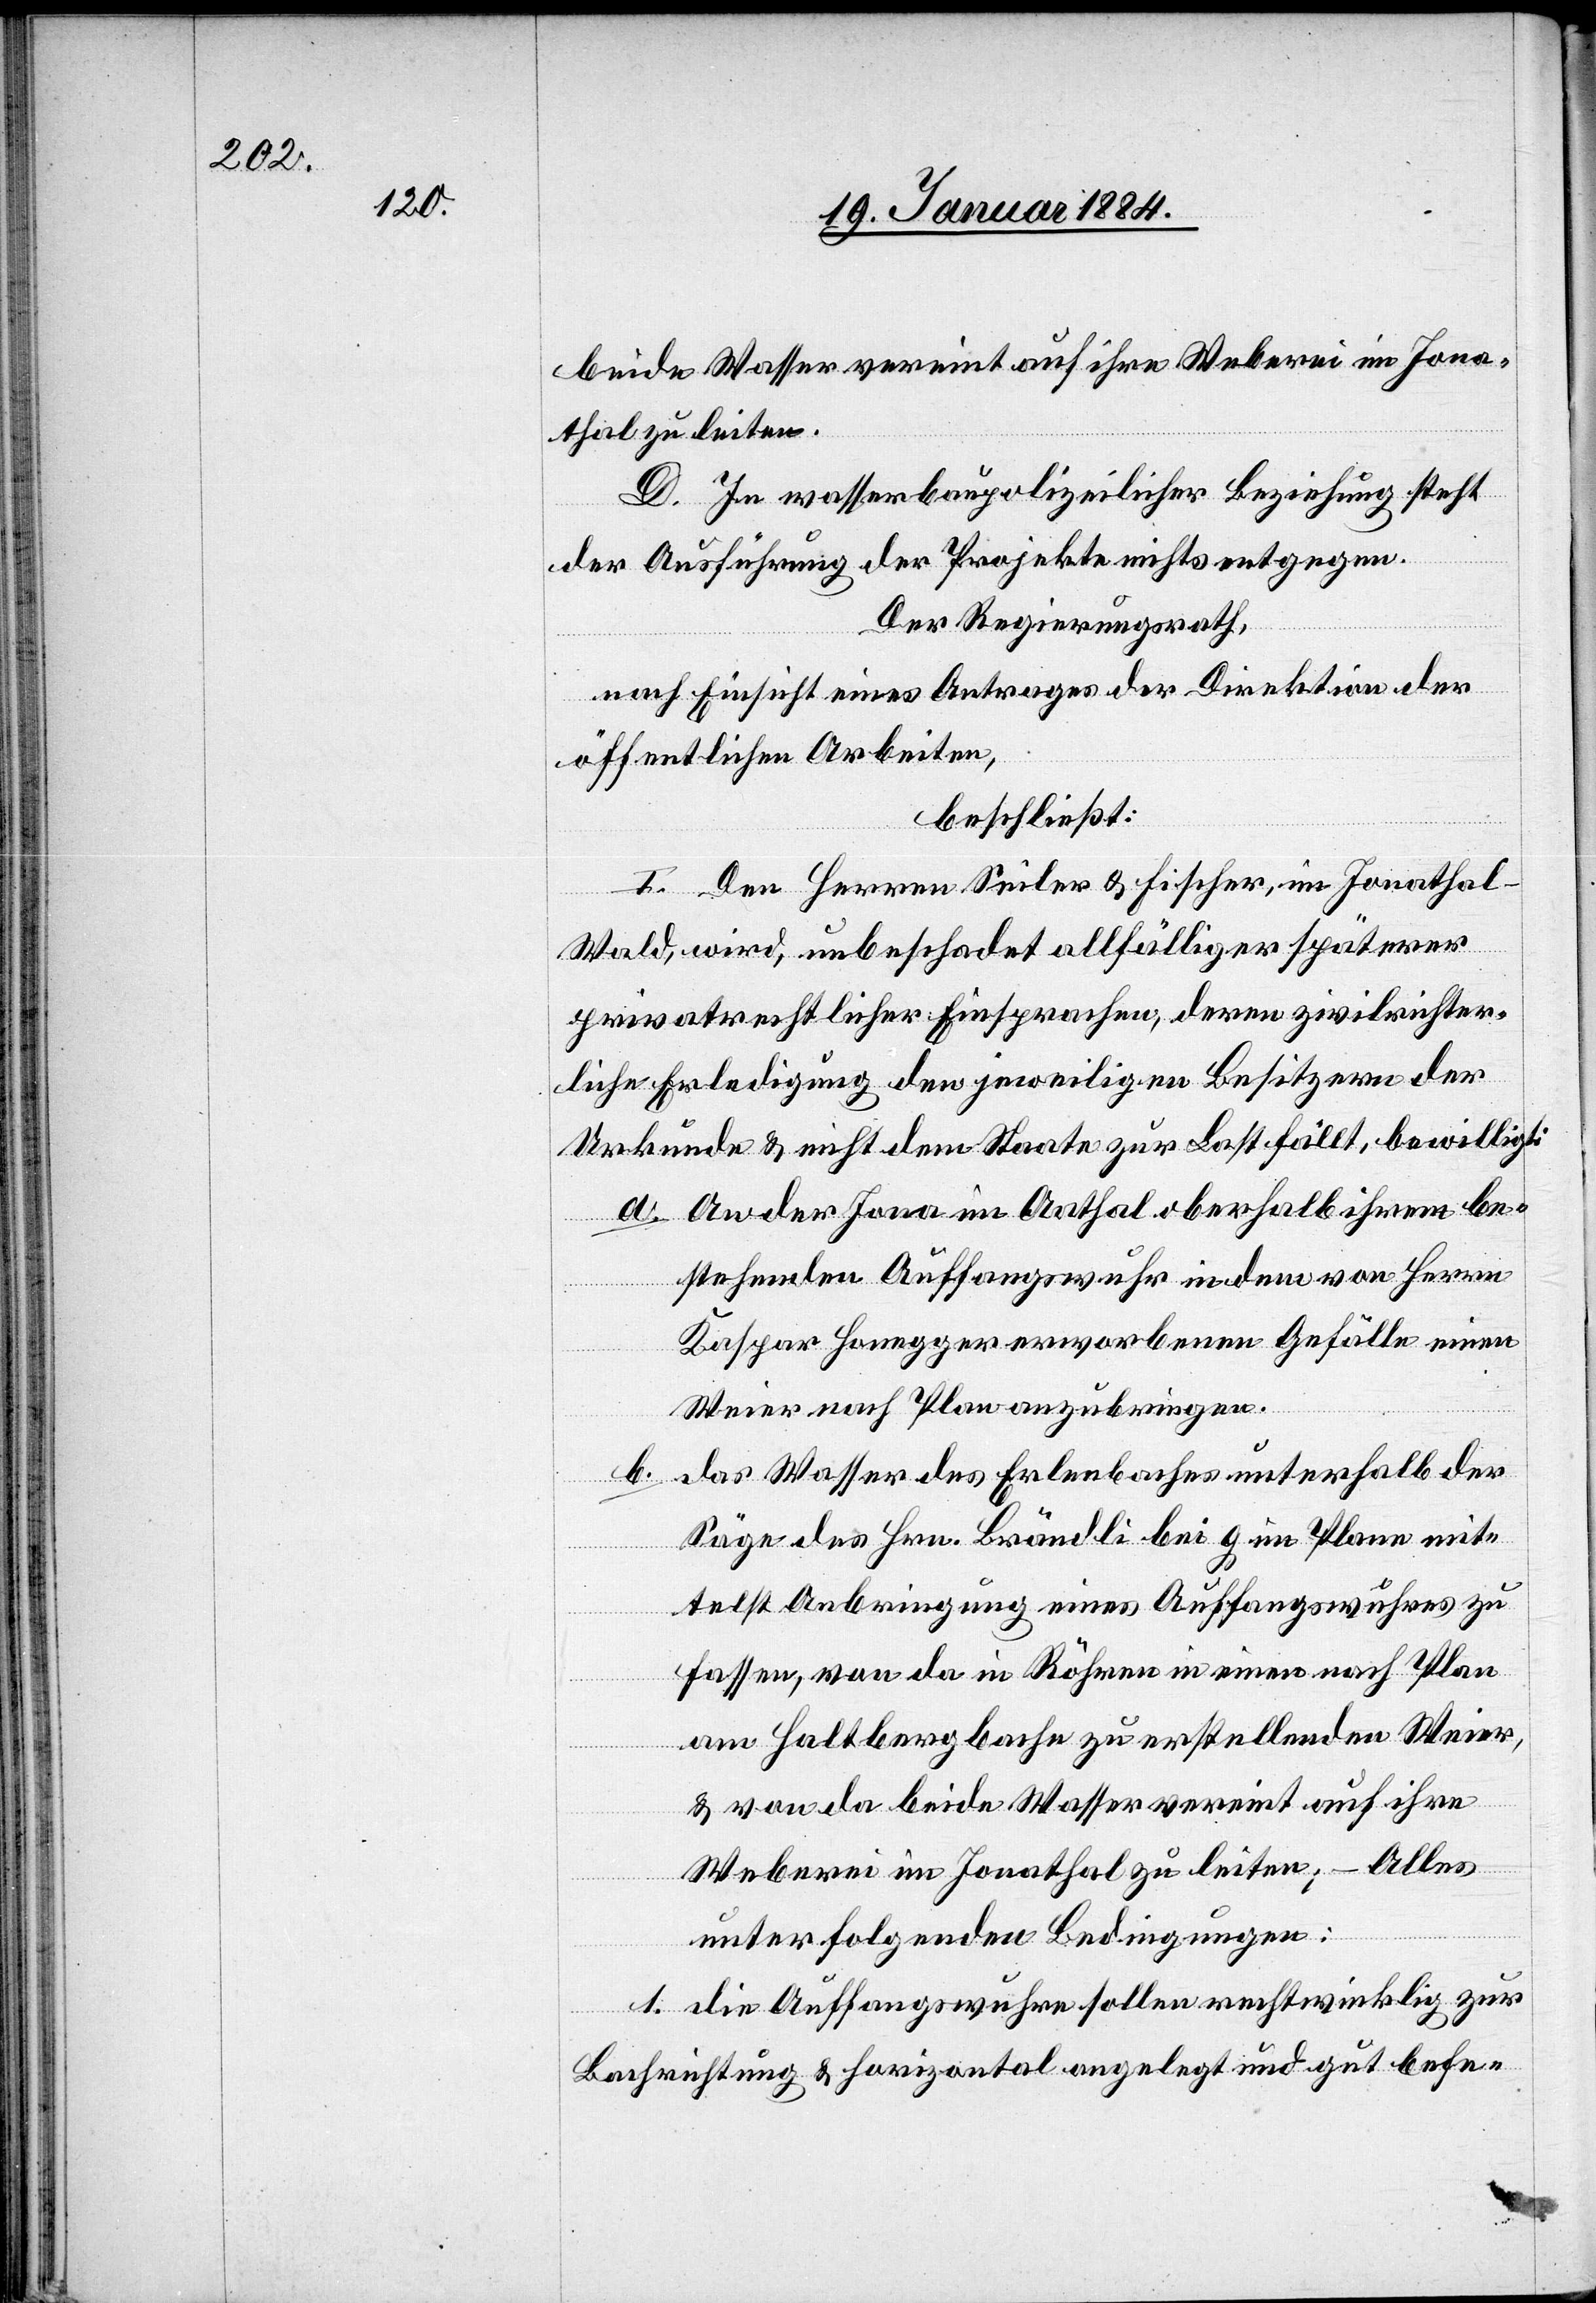
beide Wasser vereint auf ihre Weberei im Jona¬
thal zuleiten.
D. In wasserbaupolizeilicher Beziehung steht
der Ausführung der Projekte nichts entgegen.
Der Regierungsrath,
nach Einsicht eines Antrages der Direktion der
öffentlichen Arbeiten,
beschließt:
I. Den Herren Seiler & Fischer, im Jonathal
Wald, wird, unbeschadet allfälliger späterer
privatrechtlicher Einsprachen, deren zivilrichter¬
liche Erledigung den jeweiligen Besitzern der
Urkunde & nicht dem Staate zur Last fällt, bewilligt:
a. An der Jona in Aathal oberhalb ihrem be¬
stehenden Auffangswuhr in dem von Herrn
Kaspar Honegger erworbenen Gefälle einen
Weier nach Plan anzubringen.
b.
Das Wasser des Erlenbaches [sic!] unterhalb der
Säge des Hrn. Brändli bei G im Plane mit¬
telst Anbringung eines Auffangswuhres zu
fassen, von da in Röhren in einen nach Plan
am Haltbergbache zu erstellenden Weier,
& von da beide Wasser vereint auf ihre
Weberei im Jonathal zu leiten; – Alles
unter folgenden Bedingungen:
1. Die Auffangswuhre sollen rechtwinklig zur
Bachrichtung & horizontal angelegt und gut befe-